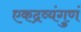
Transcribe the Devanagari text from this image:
एकद्रव्यंगुणं